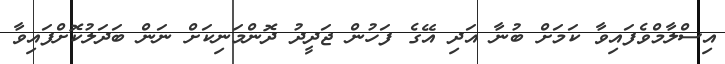
އިސްލާމްވެފައިވާ ކަމަށް ބުނާ އަދި އޭގެ ފަހުން ޖަދީދު ދޮންމަނިކަށް ނަން ބަދަލުކޮށްފައިވާ